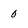
Character: 0